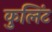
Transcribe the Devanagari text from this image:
कुलिंट